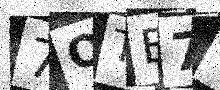
Text: 7QTE7Y